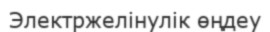
Электржелінулік өңдеу